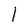
Character: 1